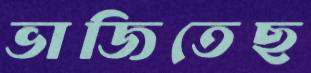
ভাজিতেছ